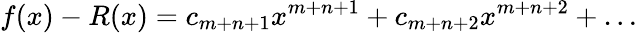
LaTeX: f(x)-R(x)=c_{m+n+1}x^{m+n+1}+c_{m+n+2}x^{m+n+2}+\dots